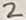
Text: 2